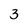
Character: 3